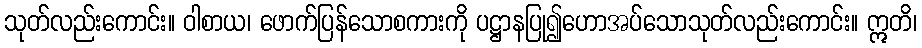
သုတ်လည်းကောင်း။ ဝါစာယ၊ ဖောက်ပြန်သောစကားကို ပဋ္ဌာနပြု၍ဟောအပ်သောသုတ်လည်းကောင်း။ ဣတိ၊